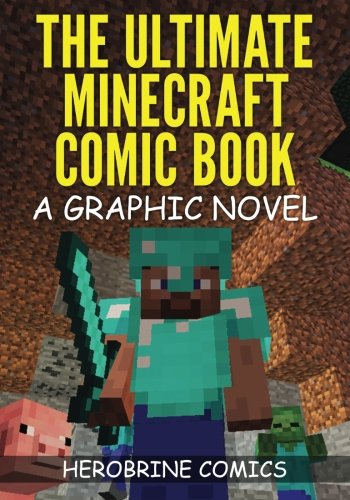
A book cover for The Ultimate Minecraft Comic Book Volume 1: The Curse of Herobrine; The Minecraft Guys; Comics & Graphic Novels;